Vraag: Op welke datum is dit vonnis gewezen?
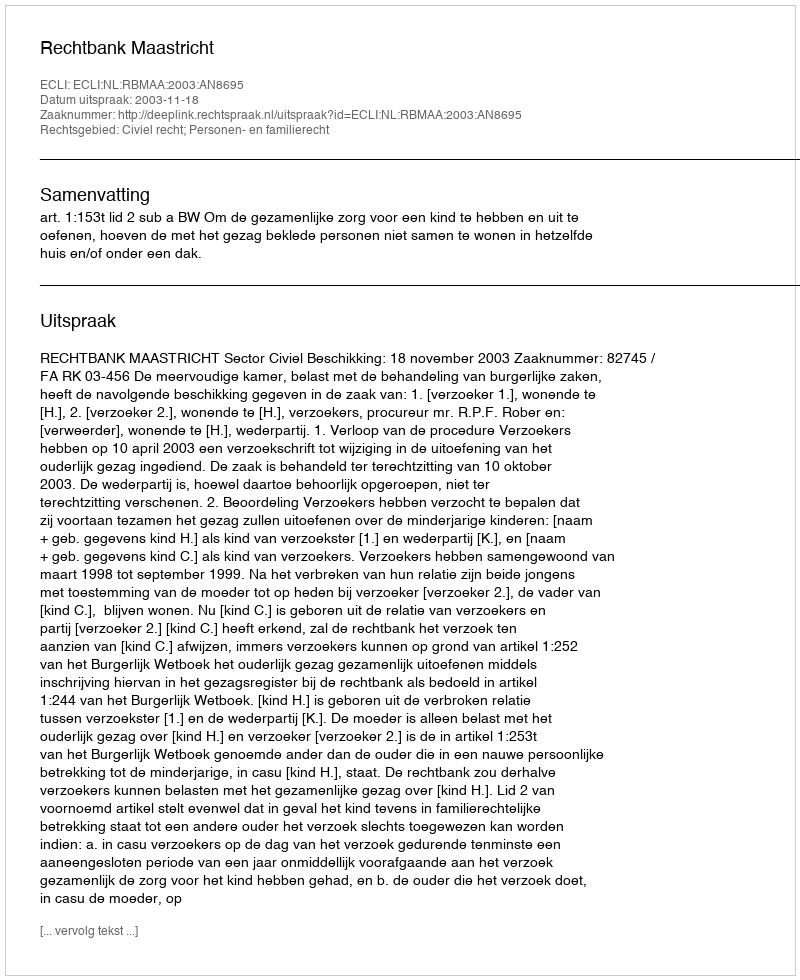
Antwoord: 2003-11-18